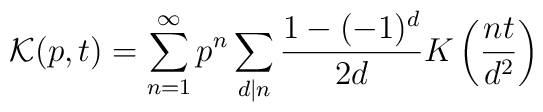
\mathcal{K}(p,t)=\sum _{n=1}^{\infty }p^{n}\sum _{d|n}\frac{1-(-1)^{d}}{2d}K\left( \frac{nt}{d^{2}}\right)